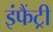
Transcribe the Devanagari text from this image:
इंफैंट्री